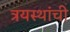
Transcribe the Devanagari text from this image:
त्रयस्थांची